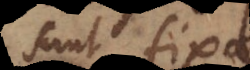
sunt fixae.